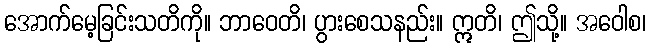
အောက်မေ့ခြင်းသတိကို။ ဘာဝေတိ၊ ပွားစေသနည်း။ ဣတိ၊ ဤသို့။ အဝေါစ၊